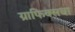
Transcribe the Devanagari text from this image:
ग्राफिक्सचा